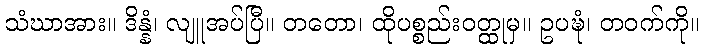
သံဃာအား။ ဒိန္နံ၊ လျူအပ်ပြီ။ တတော၊ ထိုပစ္စည်းဝတ္ထုမှ။ ဥပဍ္ဎံ၊ တဝက်ကို။